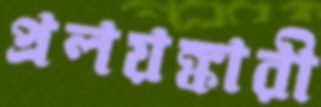
প্রলয়ঙ্কারী